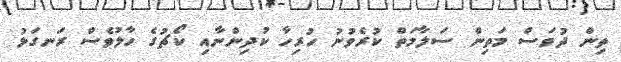
ތިން ދުވަސް މަތިން ސަލާމަތް ކުރެވުނު ހުރިހާ ކުދިންނާއި ކޯޗުގެ ހާލުވެސް ރަނގަޅު